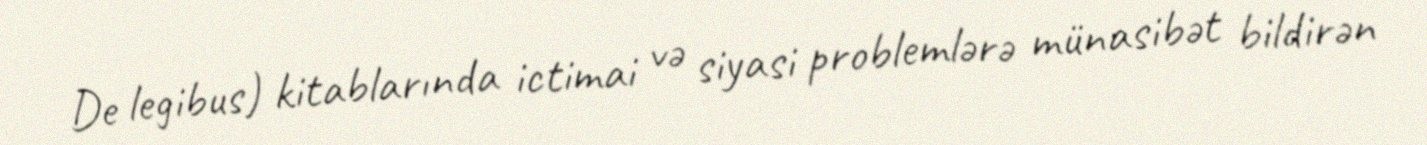
De legibus) kitablarında ictimai və siyasi problemlərə münasibət bildirən